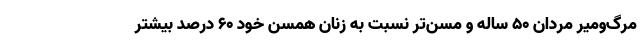
مرگ‌ومیر مردان ۵۰ ساله و مسن‌تر نسبت به زنان همسن خود ۶۰ درصد بیشتر